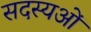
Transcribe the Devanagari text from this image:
सदस्यओं